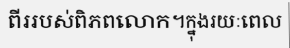
ពីររបស់ពិភពលោក។ក្នុងរយៈពេល